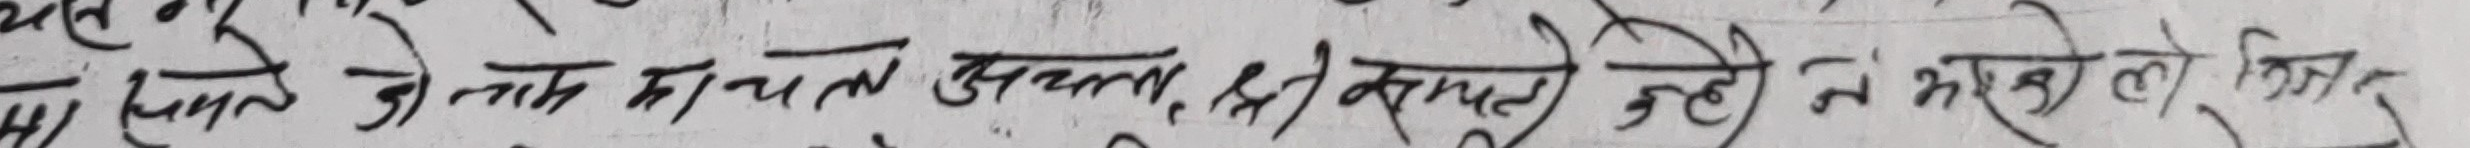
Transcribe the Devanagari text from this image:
पहले के बात का पतल उठना ही समाप्त ने करने को किस